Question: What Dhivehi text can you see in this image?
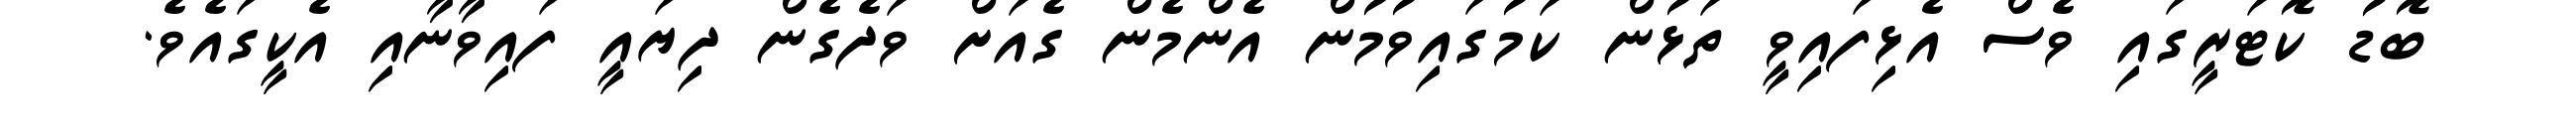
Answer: ބޮޑު ކޮޓަރީގައި ވެސް އެޅިފައިވީ ތަޅުން ކަމުގައިވުމުން އެންމެން ގެއަށް ވަދެގެން ދިޔައީ ފައިވާނާއި އެކީގައެވެ.